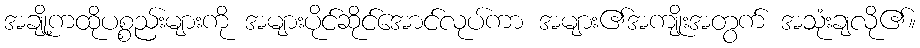
အချို့ကထိုပစ္စည်းများကို အများပိုင်ဆိုင်အောင်လုပ်ကာ အများ၏အကျိုးအတွက် အသုံးချလို၏။